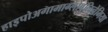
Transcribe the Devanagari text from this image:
हाइपोअगामाग्लोबुलिनेमिया